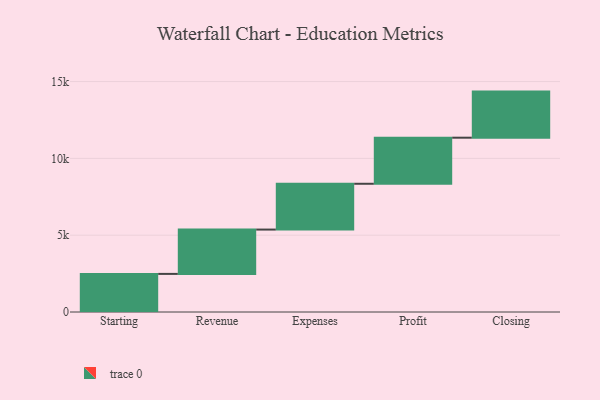
{"axis": {"x": "Step", "y": "Value"}, "legend": [""], "data": [{"x": "Starting", "y": 2480.0, "type": ""}, {"x": "Revenue", "y": 2886.0, "type": ""}, {"x": "Expenses", "y": 2981.0, "type": ""}, {"x": "Profit", "y": 3000, "type": ""}, {"x": "Closing", "y": 3000, "type": ""}]}